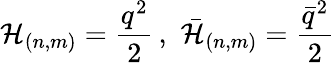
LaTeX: \mathcal{H}_{(n,m)}=\frac{{q^{2}}}{{2}}\, ,\, \, \bar{{\mathcal{H}}}_{(n,m)}=\frac{{\bar{{q}}^{2}}}{{2}}